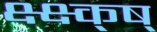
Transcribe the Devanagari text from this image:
क्ष्क्ष्क्ष्